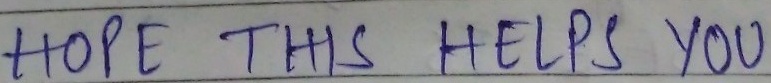
HOPE THIS HELPS YOU